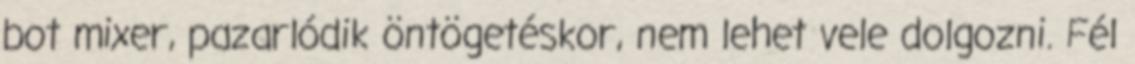
bot mixer, pazarlódik öntögetéskor, nem lehet vele dolgozni. Fél